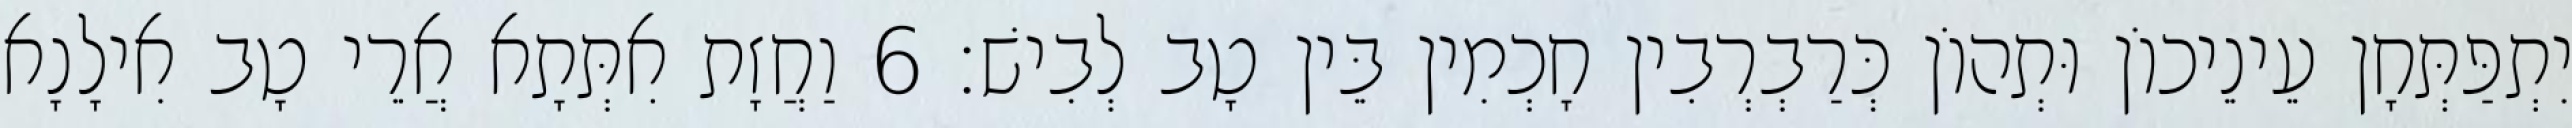
יִתְפַּתְּחָן עֵינֵיכוֹן וּתְהוֹן כְּרַבְרְבִין חָכְמִין בֵּין טָב לְבִישׁ׃ 6 וַחֲזָת אִתְּתָא אֲרֵי טָב אִילָנָא